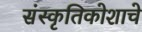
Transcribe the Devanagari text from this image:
संस्कृतिकोशाचे